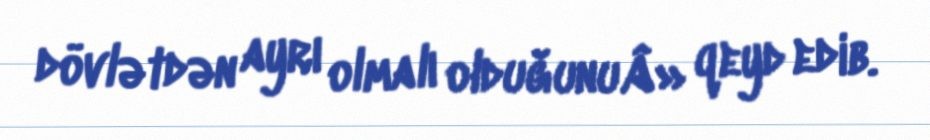
dövlətdən ayrı olmalı olduğunuÂ» qeyd edib.